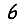
Digit: 6